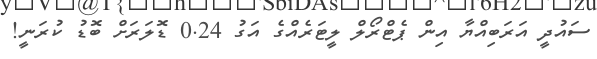
ސައުދީ އަރަބިއްޔާ އިން ޕެޓްރޯލް ލީޓަރެއްގެ އަގު 0.24 ޑޮލަރަށް ބޮޑު ކުރަނީ!